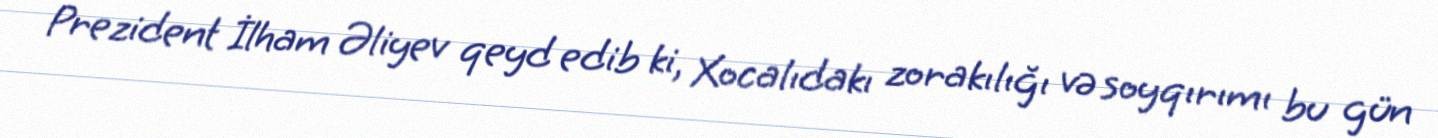
Prezident İlham Əliyev qeyd edib ki, Xocalıdakı zorakılığı və soyqırımı bu gün